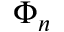
\Phi _ { n }